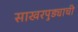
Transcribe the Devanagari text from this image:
साखरपुड्याची